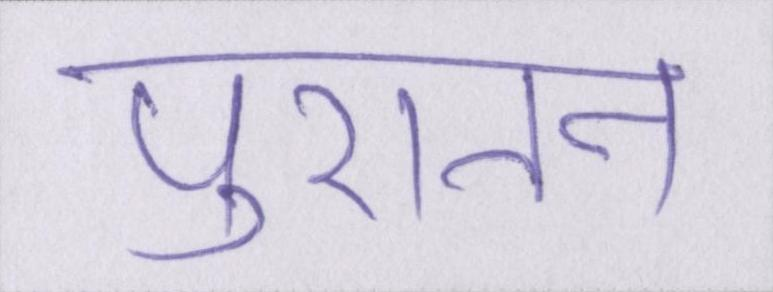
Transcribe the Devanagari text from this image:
पुरातन